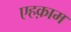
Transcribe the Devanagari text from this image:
एहक़ाम